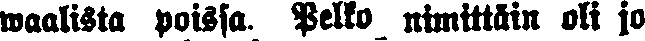
waalista poissa. Pelko nimittäin oli jo